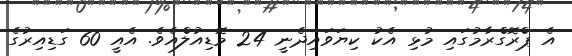
އެ ޕްރޮގްރާމުގައި މުޅި އެކު ކިޔަވައިދެނީ 24 މޮޑިއުލްއެވެ. އެއީ 60 ގަޑިއިރުގެ